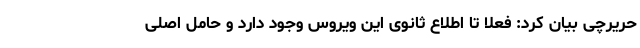
حریرچی بیان کرد: فعلا تا اطلاع ثانوی این ویروس وجود دارد و حامل اصلی